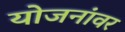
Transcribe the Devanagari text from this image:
योजनांवर